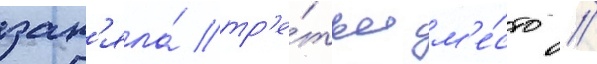
зан'яла́ тр'е́тье м'е́сто //